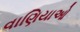
વાણિયાઓ